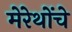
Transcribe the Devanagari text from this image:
मेरेथोंचे